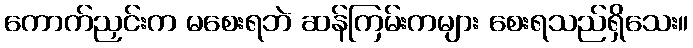
ကောက်ညှင်းက မစေးရဘဲ ဆန်ကြမ်းကများ စေးရသည်ရှိသေး။